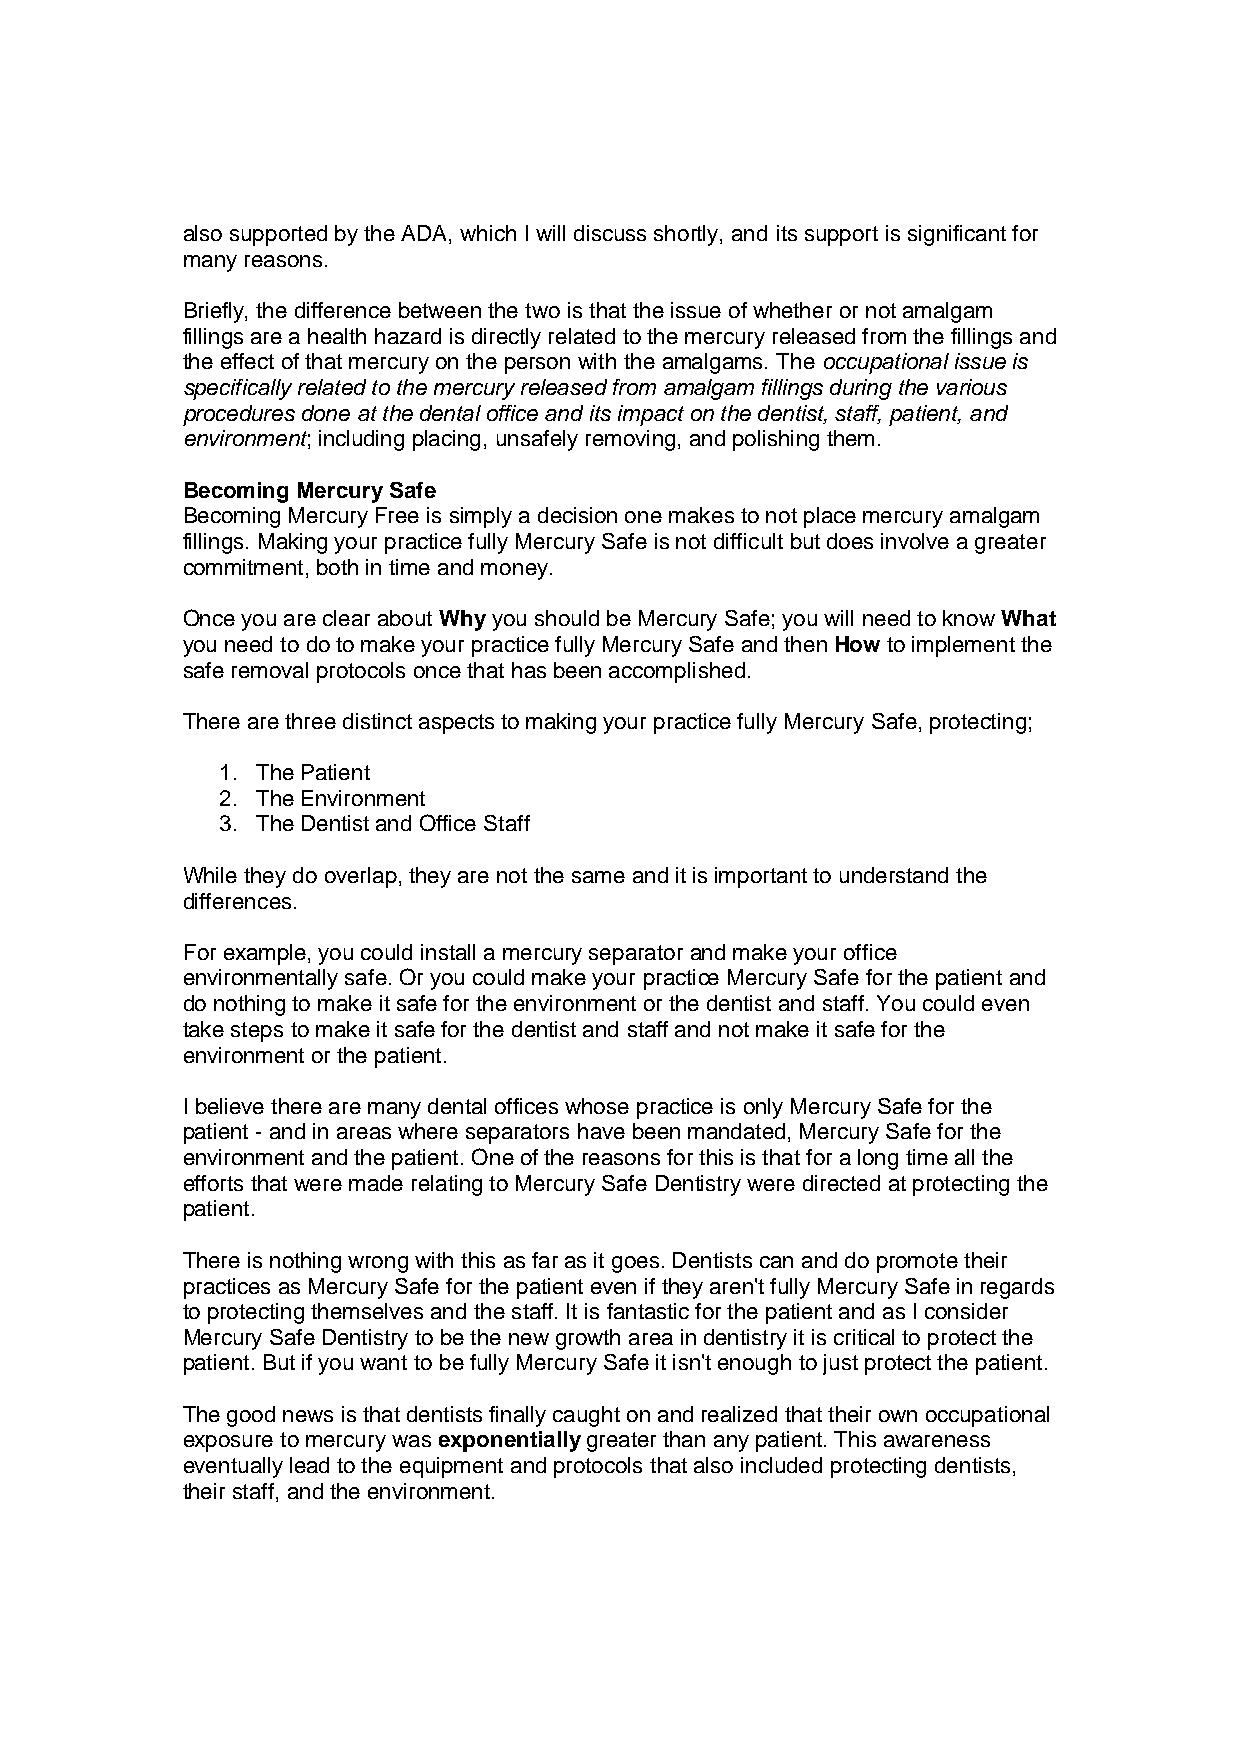
also supported by the ADA, which I will discuss shortly, and its support is significant for
 many reasons.
 Briefly, the difference between the two is that the issue of whether or not amalgam
 fillings are a health hazard is directly related to the mercury released from the fillings and
 the effect of that mercury on the person with the amalgams. The occupational issue is
 specifically related to the mercury released from amalgam fillings during the various
 procedures done at the dental office and its impact on the dentist, staff, patient, and
 environment; including placing, unsafely removing, and polishing them.
 Becoming Mercury Safe
 Becoming Mercury Free is simply a decision one makes to not place mercury amalgam
 fillings. Making your practice fully Mercury Safe is not difficult but does involve a greater
 commitment, both in time and money.
 Once you are clear about Why you should be Mercury Safe; you will need to know What
 you need to do to make your practice fully Mercury Safe and then How to implement the
 safe removal protocols once that has been accomplished.
 There are three distinct aspects to making your practice fully Mercury Safe, protecting;
 1. The Patient
 2. The Environment
 3. The Dentist and Office Staff
 While they do overlap, they are not the same and it is important to understand the
 differences.
 For example, you could install a mercury separator and make your office
 environmentally safe. Or you could make your practice Mercury Safe for the patient and
 do nothing to make it safe for the environment or the dentist and staff. You could even
 take steps to make it safe for the dentist and staff and not make it safe for the
 environment or the patient.
 I believe there are many dental offices whose practice is only Mercury Safe for the
 patient - and in areas where separators have been mandated, Mercury Safe for the
 environment and the patient. One of the reasons for this is that for a long time all the
 efforts that were made relating to Mercury Safe Dentistry were directed at protecting the
 patient.
 There is nothing wrong with this as far as it goes. Dentists can and do promote their
 practices as Mercury Safe for the patient even if they aren't fully Mercury Safe in regards
 to protecting themselves and the staff. It is fantastic for the patient and as I consider
 Mercury Safe Dentistry to be the new growth area in dentistry it is critical to protect the
 patient. But if you want to be fully Mercury Safe it isn't enough to just protect the patient.
 The good news is that dentists finally caught on and realized that their own occupational
 exposure to mercury was exponentially greater than any patient. This awareness
 eventually lead to the equipment and protocols that also included protecting dentists,
 their staff, and the environment.